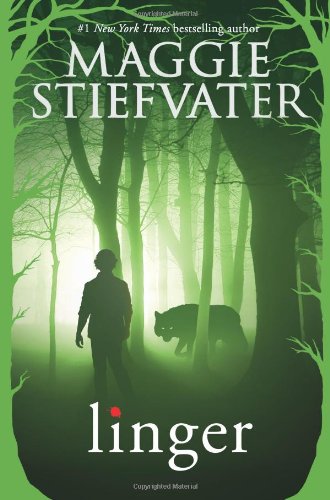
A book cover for Linger (Shiver); Maggie Stiefvater; Teen & Young Adult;